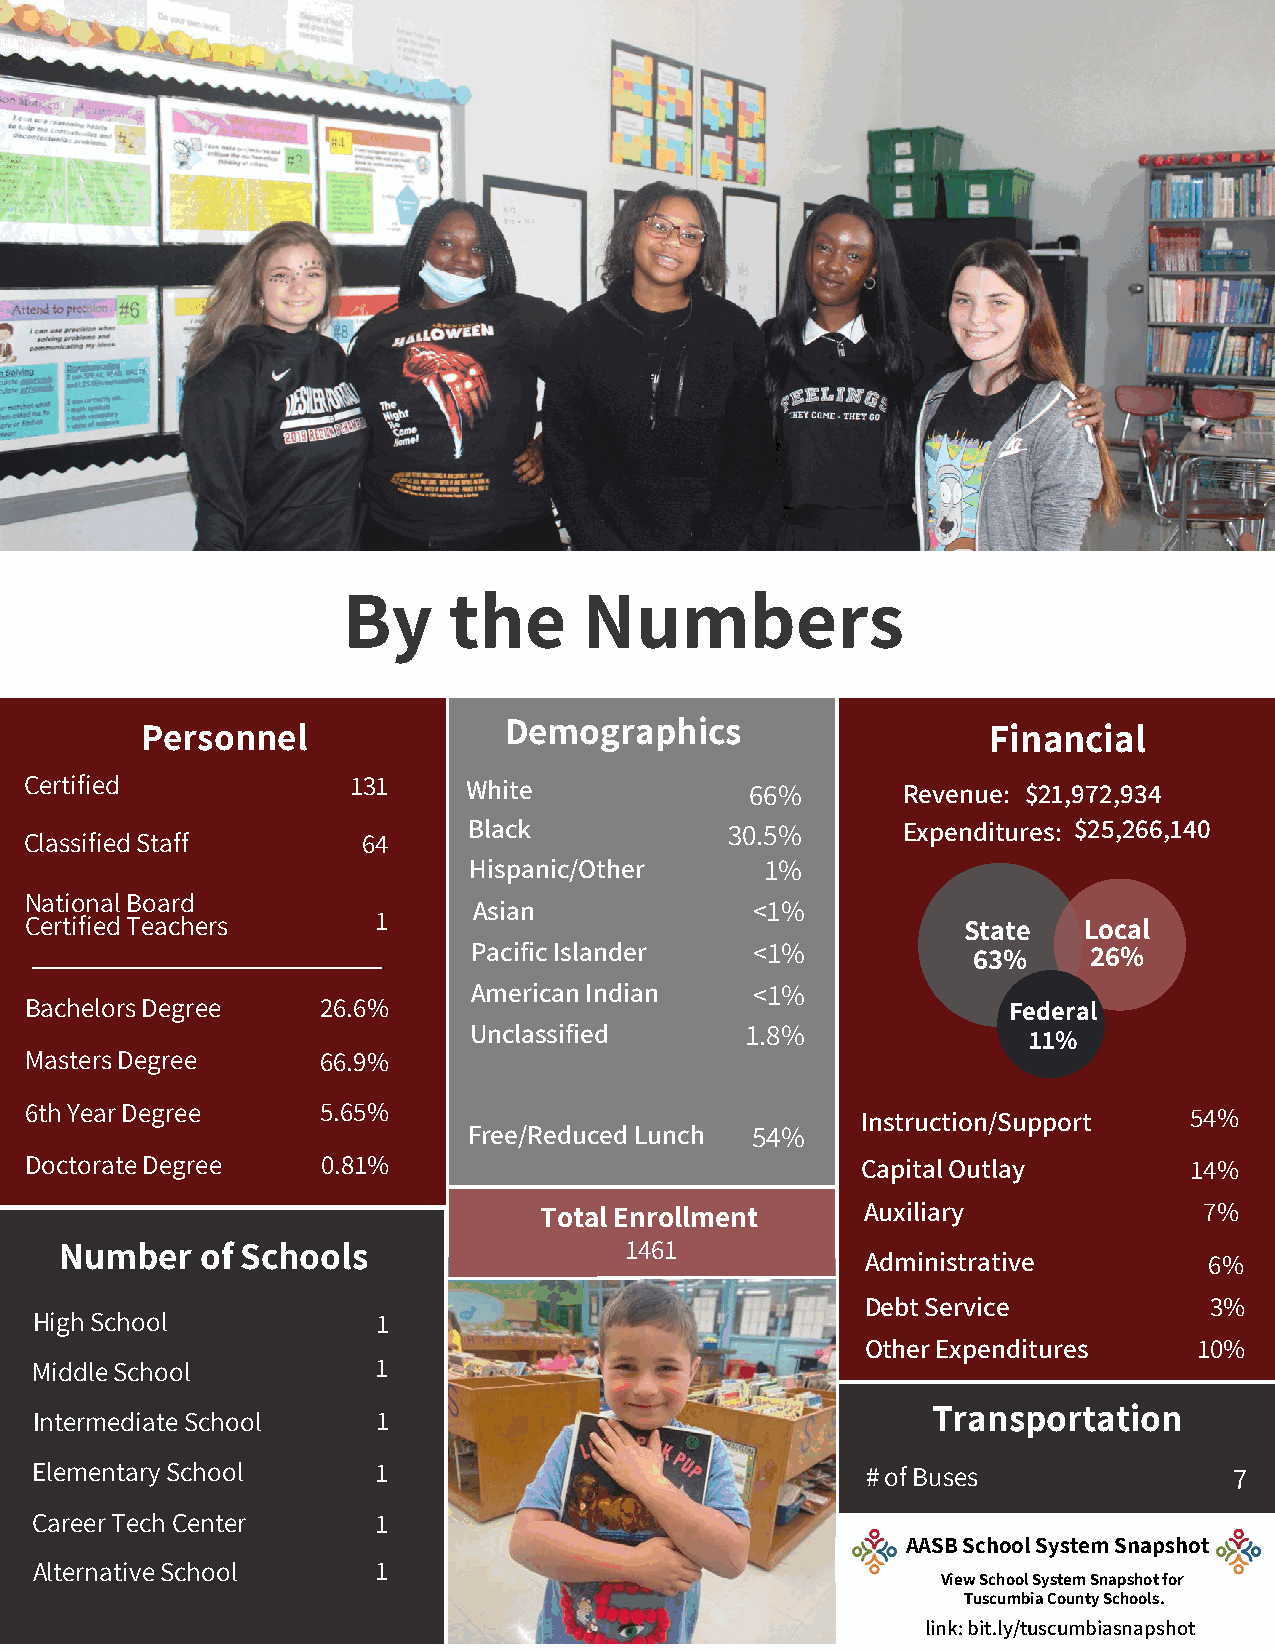
By     the      Numbers
 Personnel               Demographics                     Financial
 Certified            131     White              66%       Revenue: $21,972,934
 Black            30.5%       Expenditures: $25,266,140
 Classified Staff      64
 Hispanic/Other      1%
 National Board
 Asian              <1%
 Certified Teachers     1                                      State   Local
 Pacific Islander   <1%           63%     26%
 American Indian    <1%
 Bachelors Degree   26.6%                                         Federal
 Unclassified      1.8%               11%
 Masters Degree     66.9%
 6th Year Degree    5.65%                               Instruction/Support   54%
 Free/Reduced Lunch 54%
 Doctorate Degree   0.81%                               Capital Outlay        14%
 Total Enrollment     Auxiliary              7%
 Number   of Schools                  1461
 Administrative         6%
 Debt Service           3%
 High School            1
 Other Expenditures    10%
 Middle School          1
 Transportation
 Intermediate School    1
 74%
 Elementary School      1                               # of Buses               7
 Career Tech Center     1
 AASB School System Snapshot
 Alternative School     1
 View School System Snapshot for
 Tuscumbia County Schools.
 link: bit.ly/tuscumbiasnapshot